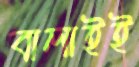
বালাইই